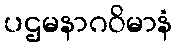
ပဌမနာဂဝိမာနံ